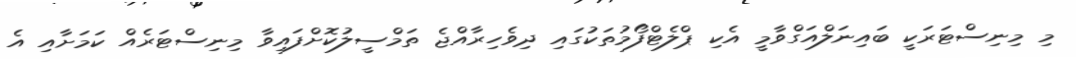
މި މިނިސްޓަރަކީ ބައިނަލްއަގްވާމީ އެކި ޕްލެޓްފޯމުތަކުގައި ދިވެހިރާއްޖެ ތަމްސީލުކޮށްފައިވާ މިނިސްޓަރެއް ކަމަށާއި އެ